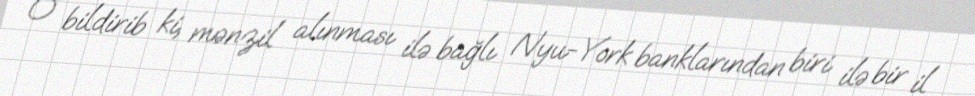
O bildirib ki, mənzil alınması ilə bağlı Nyu-York banklarından biri ilə bir il